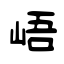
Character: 峿